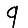
Digit: 9